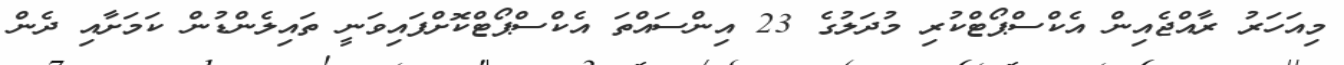
މިއަހަރު ރާއްޖެއިން އެކްސްޕޯޓްކުރި މުދަލުގެ 23 އިންސައްތަ އެކްސްޕޯޓްކޮށްފައިވަނީ ތައިލެންޑުން ކަމަށާއި ދެން